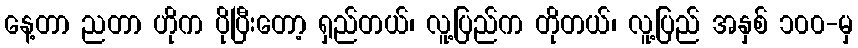
နေ့တာ ညတာ ဟိုက ပိုပြီးတော့ ရှည်တယ်၊ လူ့ပြည်က တိုတယ်၊ လူ့ပြည် အနှစ် ၁၀၀-မှ